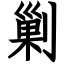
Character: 剿